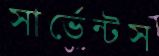
সার্ভেন্টস